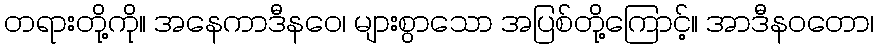
တရားတို့ကို။ အနေကာဒီနဝေ၊ များစွာသော အပြစ်တို့ကြောင့်။ အာဒီနဝတော၊